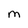
Character: M